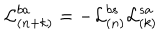
LaTeX: { \cal L } _ { ( n + k ) } ^ { b a } = - { \cal L } _ { ( n ) } ^ { b s } { \cal L } _ { ( k ) } ^ { s a }